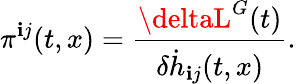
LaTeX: {}{\pi}^{\mathbf{i}j}(t,x)=\frac{{\deltaL^{G}(t)}}{{\delta{\dot{{h}}}_{\mathbf{i}j}(t,x)}}.